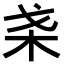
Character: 𣏩